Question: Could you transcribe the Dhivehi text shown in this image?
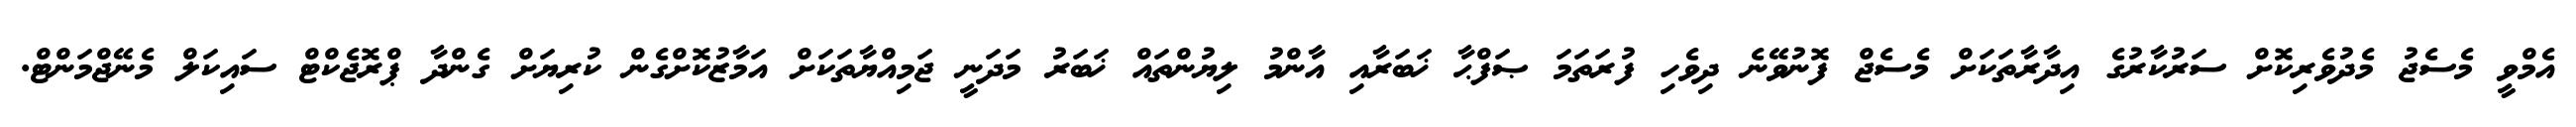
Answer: އެމްވީ މެސެޖު މެދުވެރިކޮށް ސަރުކާރުގެ އިދާރާތަކަށް މެސެޖް ފޮނުވޭނެ ދިވެހި ފުރަތަމަ ޞަފްޙާ ޚަބަރާއި އާންމު ލިޔުންތައް ޚަބަރު މަދަނީ ޖަމިއްޔާތަކަށް އަމާޒުކޮށްގެން ކުރިޔަށް ގެންދާ ޕްރޮޖެކްޓް ސައިކަލް މެނޭޖްމަންޓް.